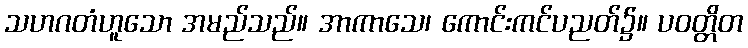
သဟဂတံဟူသော အမည်သည်။ အာကာသေ၊ ကောင်းကင်ပညတ်၌။ ပဝတ္တိတ